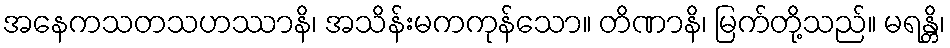
အနေကသတသဟဿာနိ၊ အသိန်းမကကုန်သော။ တိဏာနိ၊ မြက်တို့သည်။ မရန္တိ၊